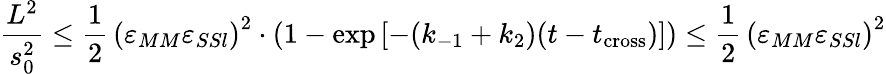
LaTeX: \frac{L^{2}}{s_{0}^{2}}\leq\frac 12\, \left(\varepsilon_{MM}\varepsilon_{SSl}\right)^{2}\cdot\left(1-\exp{[-(k_{-1}+k_{2})(t-t_{\mathrm{cross}})]}\right)\leq\frac 12\, \left(\varepsilon_{MM}\varepsilon_{SSl}\right)^{2}